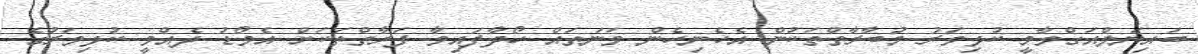
ބައިނަލްއަގްވާމީ ކުޅިވަރު މުބާރާތްތަކުން އެހެނިހެން ވަނަތައް ހޯދާފައިވާ ފަރާތްތަކަށް އެވޯޑު ދެއްވީ ކުޅިވަރުގެ